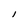
Character: I